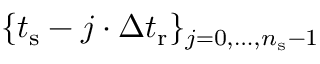
\{ t _ { \mathrm { s } } - j \cdot \Delta t _ { \mathrm { r } } \} _ { j = 0 , \dots , n _ { \mathrm { s } } - 1 }